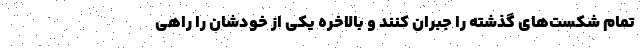
تمام شکست‌های گذشته را جبران کنند و بالاخره یکی از خودشان را راهی